Kloostri_vallavalitsus, lk 25
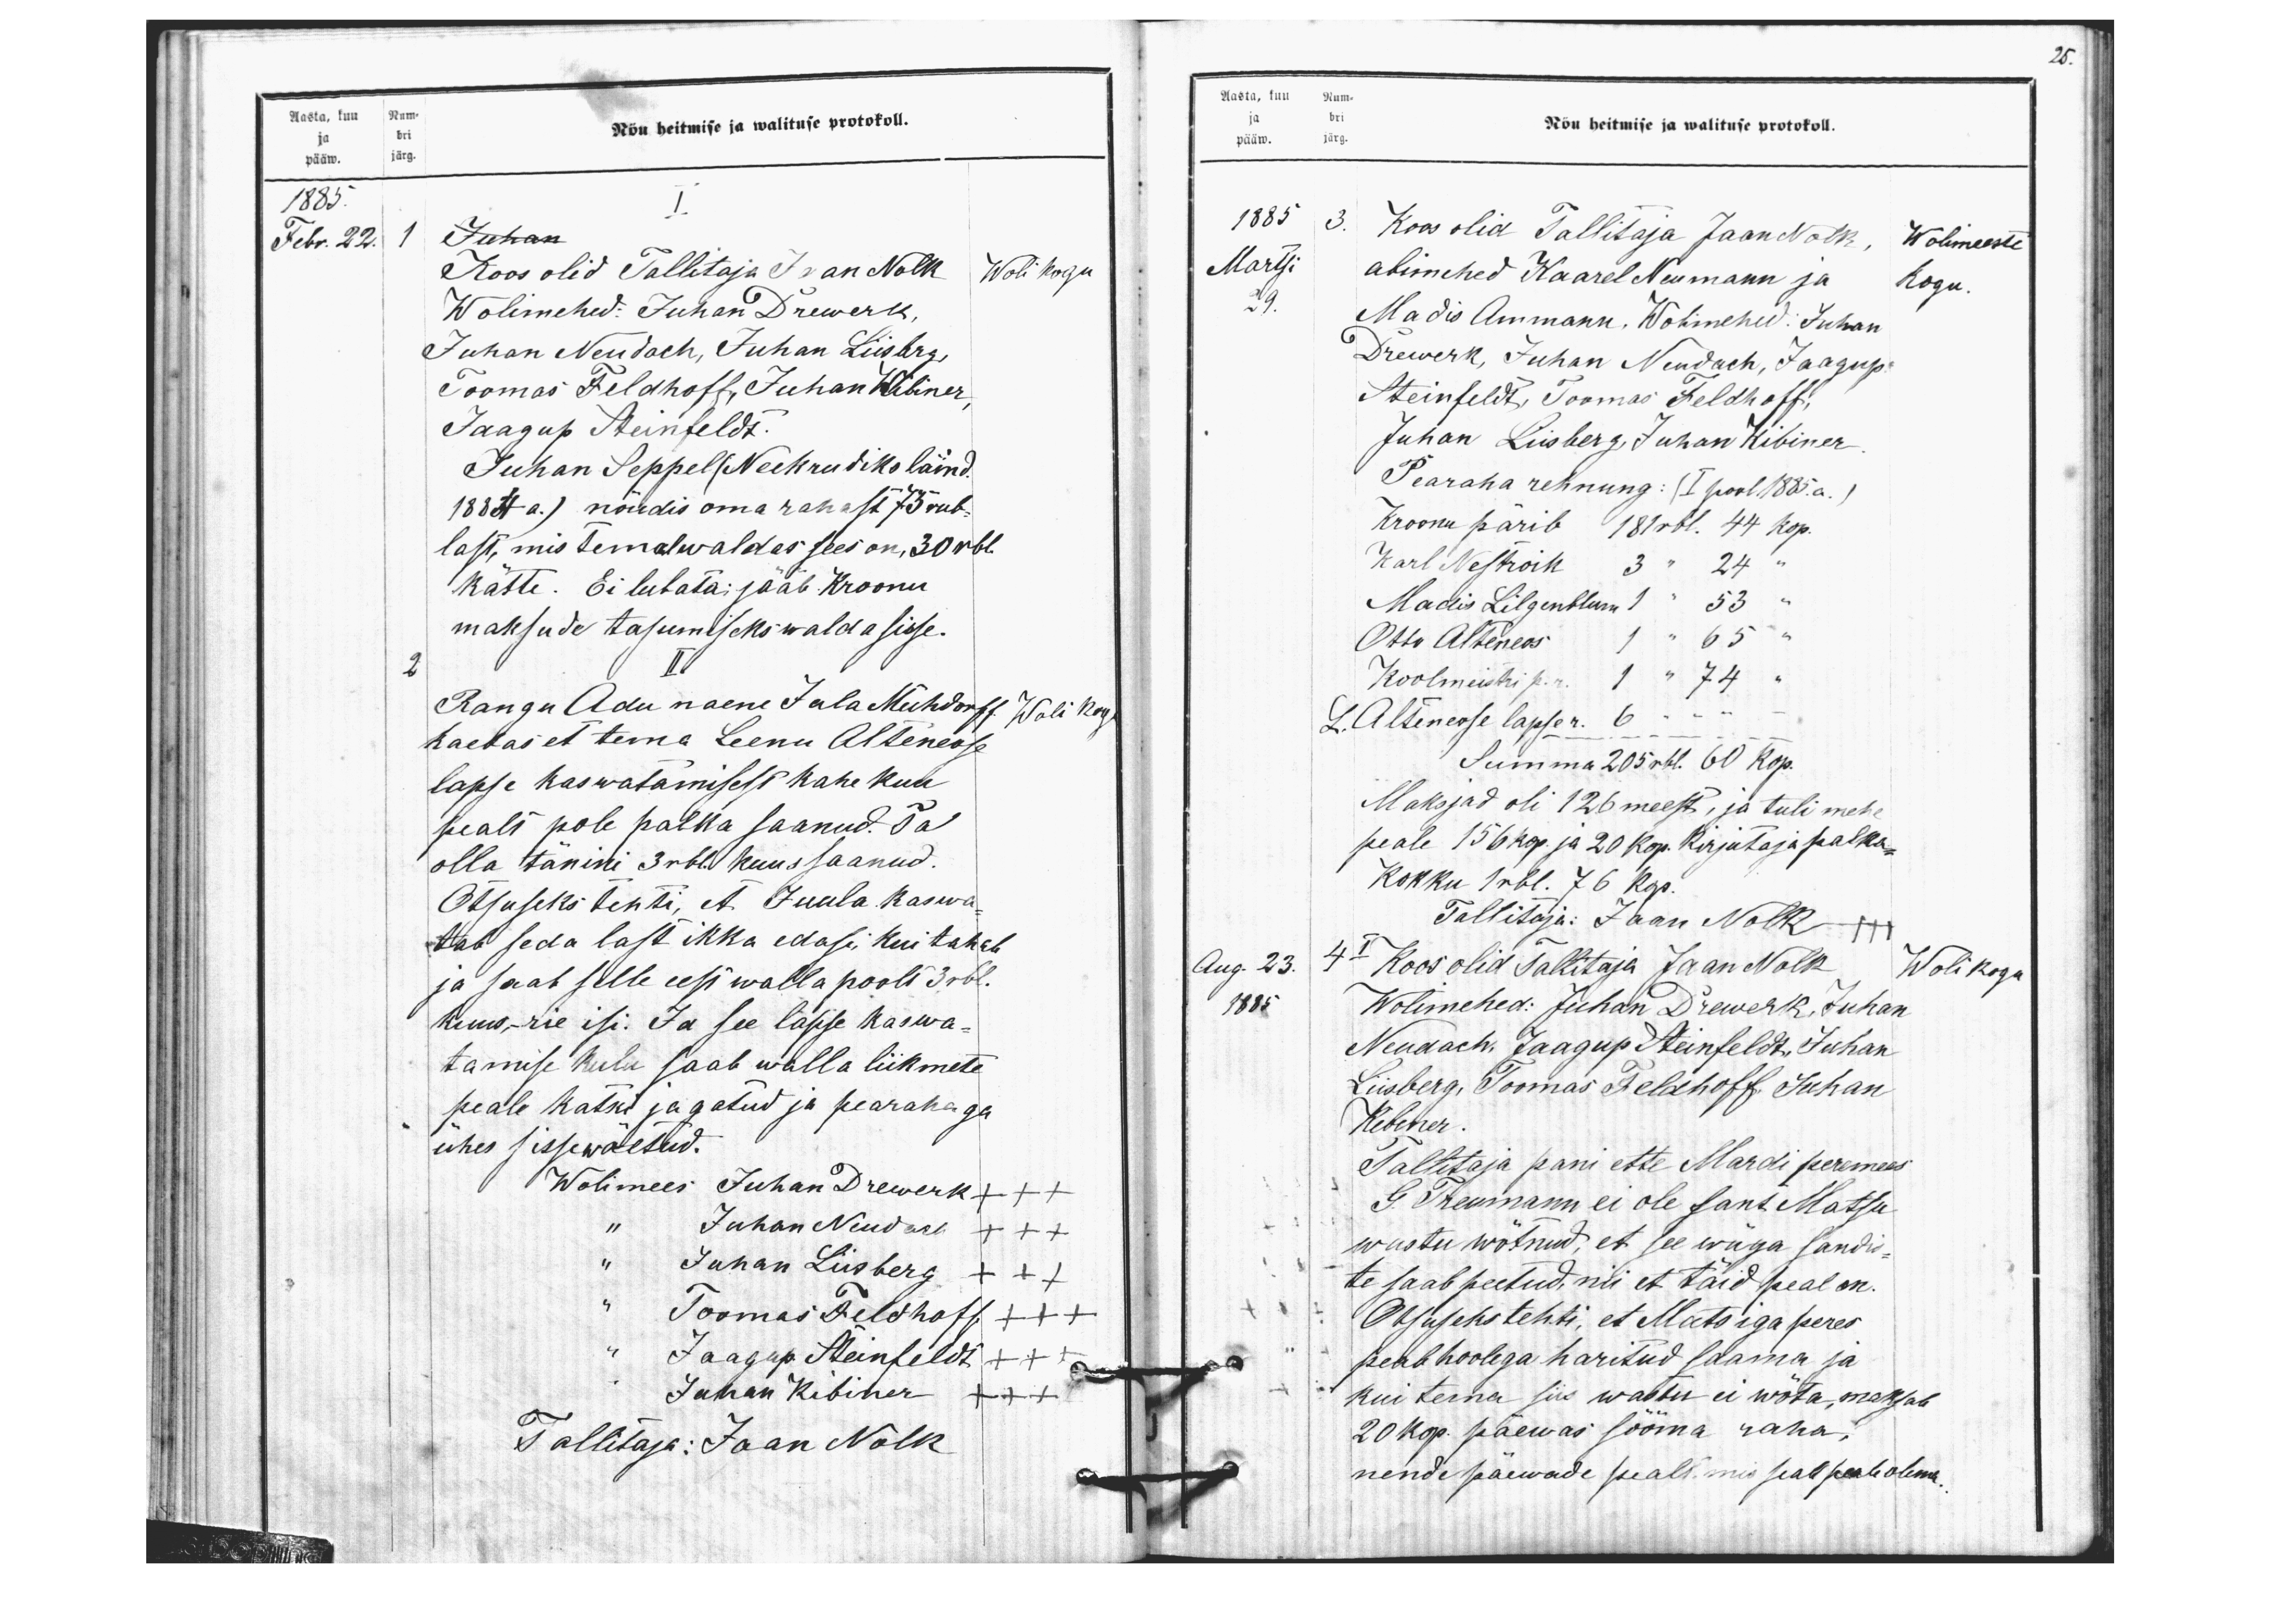
Aasta, kuu Num-
ja bri
pääw. järg.
Nõu heitmise ja walituse protokoll.
1885.
I
Febr. 22.
Juhan
Koos olid Tallitaja Jaan Nolk
Woli kogu
Wolimehed: Juhan Drewerk,
Juhan Neudach, Juhan Liisberg
Toomas Feldhoff, Juhan Kibiner
Jaagup Steinfeldt.
Juhan Seppel (Neekrudiks läind)
1884 a.) nõudis oma rahast 75 rub-
last, mis temal waldas sees on, 30 rbl.
kätte. Ei lubata; jääb Kroonu
maksude tasumiseks walda sisse.
2
II
Rangu Adu naene Jula Mühdorff
Woli kogu
kaebas et tema Leenu Alteneose
lapse kaswatamisest kahe kuu
pealt pole palka saanud. Ta
olla tänini 3 rbl kuus saanud.
Otsuseks tehti, et Juula kaswa
tab seda last ikka edasi, kui tahab
ja saab selle eest walla poolt 3rbl.
kuus,- rie isi: Ja see lapse kaswa-
tamise kulu saab walla liikmete
peale katki jagatud ja pearahaga
ühes sissewõetud.
Wolimes Juhan Drewerk +++
" Juhan Neudach +++
" Juhan Liisberg +++
" Toomas Feldhoff +++
" Jaagup Steinfeldt +++
" Juhan Kibiner +++
Tallitaja: Jaan Nolk

25.
Aasta, kuu Num-
ja bri
pääw. järg
Nõu heitmise ja walituse protokoll.
1885.
3. Koos olid Tallitaja Jaan Nolk,
Wolimeeste
Martsi
29.
abimehed Kaarel Neumann ja
kogu
Madis Ammann, Wolimehed: Juhan
Drewerk, Juhan Neudach, Jaagup-
Steinfeldt, Toomas Feldhoff,
Juhan Liisberg Juhan Kibiner
Pearaha rehnung: (I pool 1885.a.)
Kroonu pärib 181 rbl. 44 kop.
Karl Nestroik 3 " 24 "
Madis Lilgenblum 1 " 53 "
Otto Alteneos 1 " 65 "
Koolmeistri p.r. 1 " 74 "
L. Alteneose lapse r. 6 " - -
Summa 205 rbl. 60 kop.
Maksjad oli 126 meest, ja tuli mehe
peale 156 kop. ja 20 kop. Kirjutaja palka-
Kokku 1 rbl. 76 kop.
Tallitaja: Jaan Nollk +++
Aug. 23.
4 I Koos olid Tallitaja Jaan Nolk
Wolikogu
1885
Wolimehed: Juhan Drewerk Juhann
Nendach, Jaagup Reinfeldt, Juhan-
Liisberg, Toomas Feldhoff, Juhan
Kibiner
Tallitaja pani ette Mardi peremees
G. Treumann ei ole sant Matsu
wastu wõtnud, et see wäga sandis
te saab peetud, nii et täid peal on.
Otsuseks tehti, et Matsiga peres
peab hoolega haritud saama ja
kui tema siis wastu ei wõta, maksab
20 kop. päewas sööma raha,
nende päewade pealt mis seal peale olema.